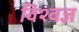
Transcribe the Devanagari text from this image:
विश्वज्ञ